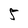
Character: 5